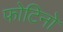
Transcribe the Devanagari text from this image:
फोटिनो